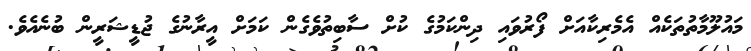
މައުލޫމާތުތަކެއް އެމެރިކާއަށް ފޯރުވައި ދިންކަމުގެ ކުށް ސާބިތުވެގެން ކަމަށް އީރާނުގެ ޖުޑީޝަރީން ބުނެއެވެ.